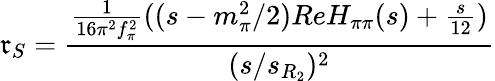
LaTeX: \mathfrak{r}_{S}=\frac{{{\frac{{1}}{{16\pi^{2}f_{\pi}^{2}}}}((s-m_{\pi}^{2}/2)ReH_{\pi\pi}(s)+{\frac{{s}}{{12}}})}}{{(s/s_{R_{2}})^{2}}}